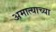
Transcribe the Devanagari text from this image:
अमात्याच्या